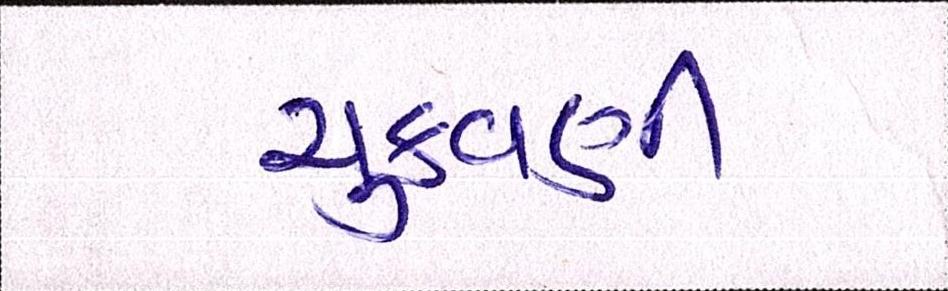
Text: ચુકવણી